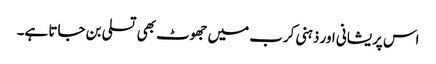
اس پریشانی اور ذہنی کرب میں جھوٹ بھی تسلی بن جاتا ہے۔